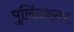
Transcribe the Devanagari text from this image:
पुलिंदनगर